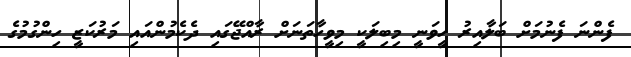
ފެންނަ ފެނުމަށް ބަލާއިރު ހީވަނީ މިބިލަކީ މިވީހާތަނަށް ރާއްޖޭގައި ދެކެމުންއައި މަރުކަޒީ ހިންގުމުގެ